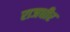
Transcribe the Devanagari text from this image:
राजधीर